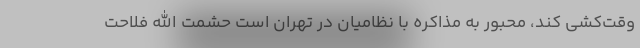
وقت‌کُشی کند، محبور به مذاکره با نظامیان در تهران است حشمت الله فلاحت